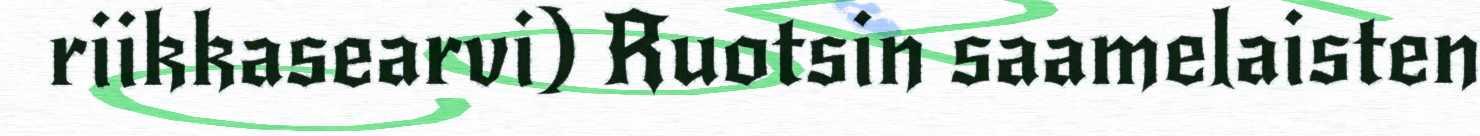
riikkasearvi) Ruotsin saamelaisten